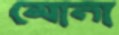
মোনা